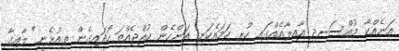
އަނެއްކާ މުއްސަނދި އާއިލާއެއްގައި ހުރި ހަމައެކަނި އަންހެން ކުއްޖެއްތަ ހޯދައިގެން ތިއުޅެނީ" ލާއިގާ